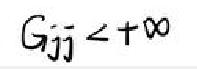
$G_{ij}<+\infty$